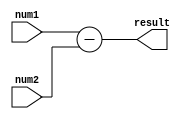
module subtractor (
    input [31:0] num1,
    input [31:0] num2,
    output reg [31:0] result
);

always @(*) begin
    result = num1 - num2;
end

endmodule